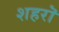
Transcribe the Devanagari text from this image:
शहरॊ